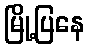
မြို့ပြနေ